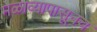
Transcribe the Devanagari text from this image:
मेळाव्यापासूनच